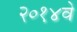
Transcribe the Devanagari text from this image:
२०१४वे